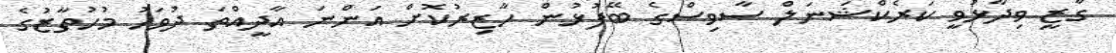
ގާޒީ ވިދާޅުވީ ކަރެކްޝަނަލް ސާވިސްގެ ބޭފުޅުން ހާޒިރުކޮށް އަންނަ އާދީއްތަ ދުވަހު މުހުތާޒުގެ